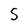
Character: 5